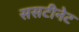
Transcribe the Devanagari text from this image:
ससटीनेट